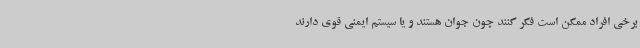
برخی افراد ممکن است فکر کنند چون جوان هستند و یا سیستم ایمنی قوی دارند